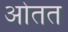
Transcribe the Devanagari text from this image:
ओतत